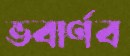
ভবার্ণব